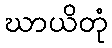
ဃာယိတုံ